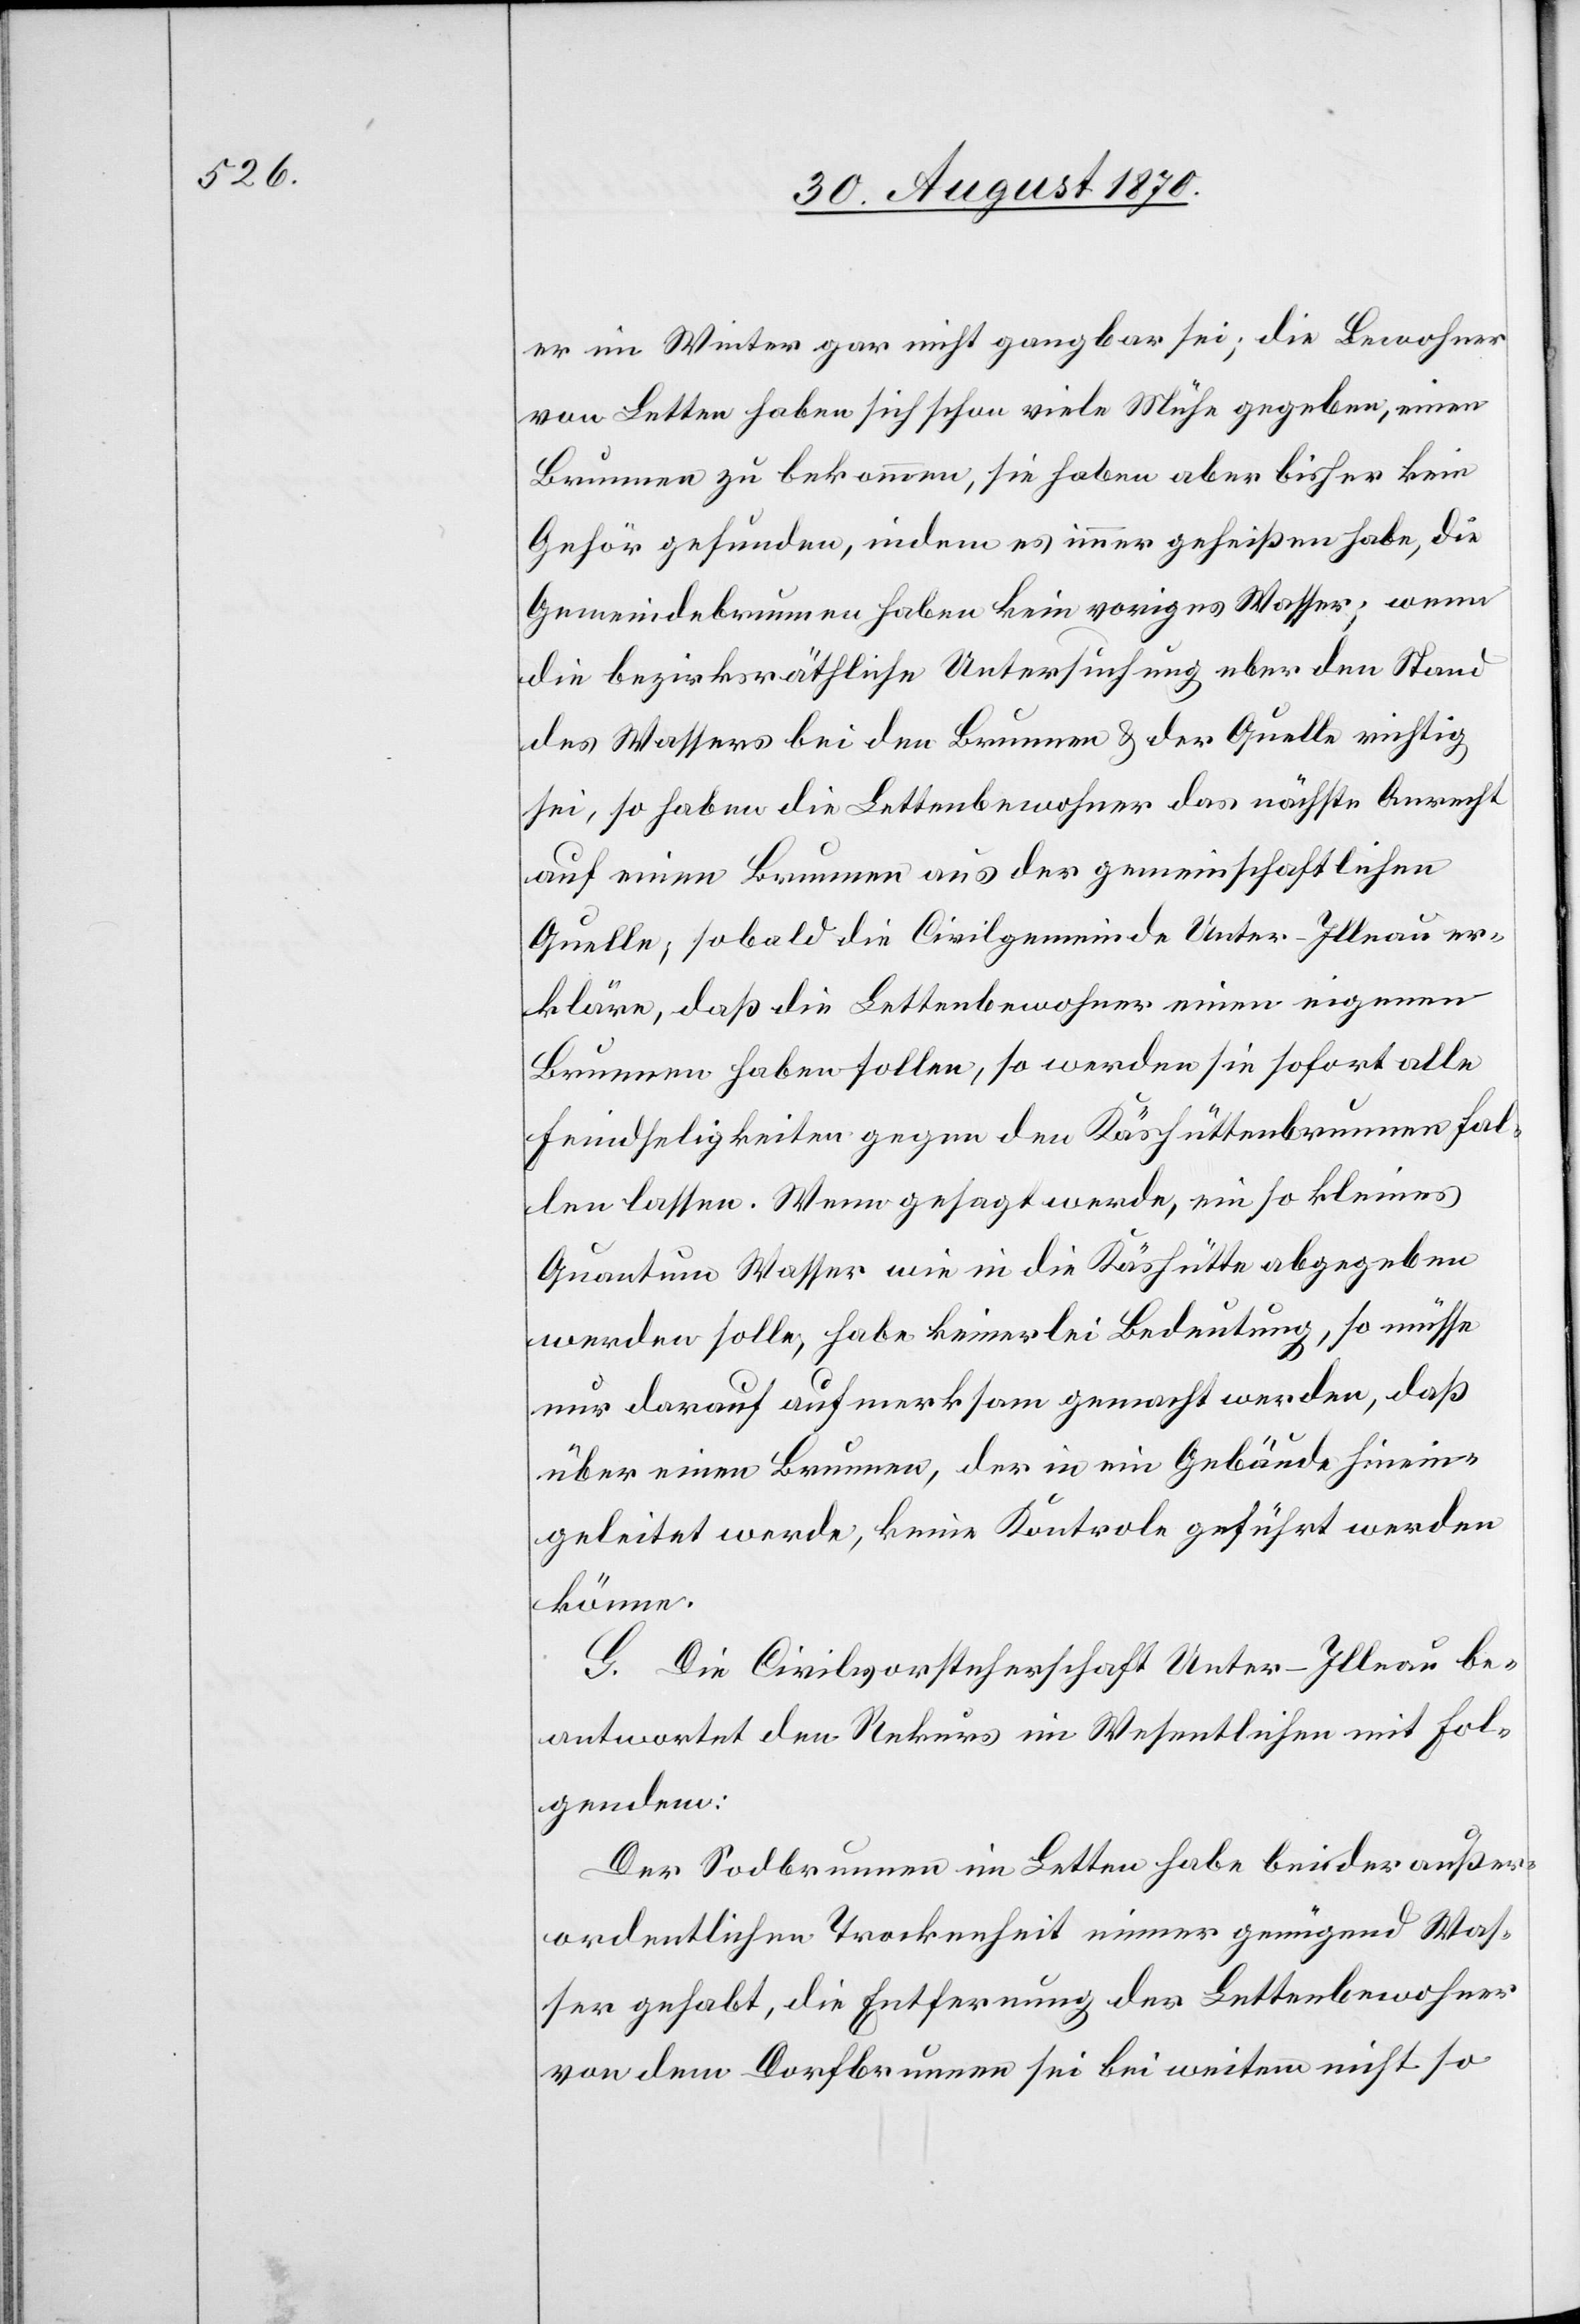
er im Winter gar nicht gangbar sei; die Bewohner
von Letten haben sich schon viele Mühe gegeben, einen
Brunnen zu bekommen, sie haben aber bisher kein
Gehör gefunden, indem es immer geheißen habe, die
Gemeindebrunnen haben kein voriges Wasser; wenn
die bezirksräthliche Untersuchung aber den Stand
des Wassers bei den Brunnen & der Quelle richtig
sei, so haben die Lettenbewohner das nächste Anrecht
auf einen Brunnen aus der gemeinschaftlichen
Quelle; sobald die Civilgemeinde Unter-Illnau er¬
kläre, daß die Lettenbewohner einen eigenen
Brunnen haben sollten, so werden sie sofort alle
Feindseligkeiten gegen den Käshüttenbrunnenhal¬
ter lassen. Wenn gesagt werde, ein so kleines
Quantum Wasser wie in die Käshütte abgegeben
werden solle [sic!], habe keinerlei Bedeutung, so müsse
nur darauf aufmerksam gemacht werden, daß
über einen Brunnen, der in ein Gebäude hinein¬
geleitet werde, keine Kontrole geführt werden
könne.
G. Die Civilvorsteherschaft Unter-Illnau be¬
antwortet den Rekurs im Wesentlichen mit Fol¬
gendem:
Der Sodbrunnen im Letten habe bei der außer¬
ordentlichen Trockenheit immer genügend Was¬
ser gehabt, die Entfernung der Lettenbewohner
von dem Dorfbrunnen sei bei weitem nicht so